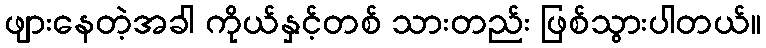
ဖျားနေတဲ့အခါ ကိုယ်နှင့်တစ် သားတည်း ဖြစ်သွားပါတယ်။